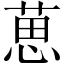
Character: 葸